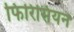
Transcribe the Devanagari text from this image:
फिरिसियन